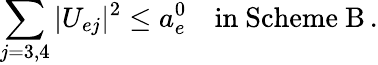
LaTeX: \sum_{j=3,4}|U_{ej}|^{2}\leq a_{e}^{0}\quad\mathrm{in~Scheme~B}\, .